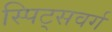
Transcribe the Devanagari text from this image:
स्पिट्सवर्ग